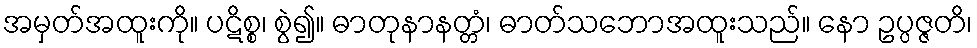
အမှတ်အထူးကို။ ပဋိစ္စ၊ စွဲ၍။ ဓာတုနာနတ္တံ၊ ဓာတ်သဘောအထူးသည်။ နော ဥပ္ပဇ္ဇတိ၊